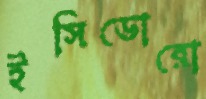
ইসিডোরো